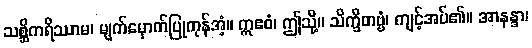
သစ္ဆိကရိဿာမ၊ မျက်မှောက်ပြုကုန်အံ့။ ဣဧဝံ၊ ဤသို့။ သိက္ခိတဗ္ဗံ၊ ကျင့်အပ်၏။ အာနန္ဒာ၊